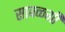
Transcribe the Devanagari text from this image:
सावळगी